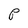
Character: P